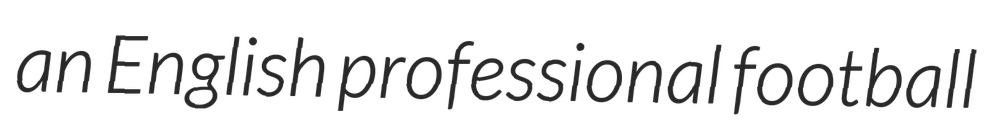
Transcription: an English professional football